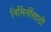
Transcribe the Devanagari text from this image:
निर्मितींसाठी